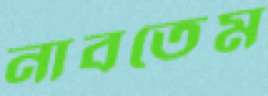
নাবতেম